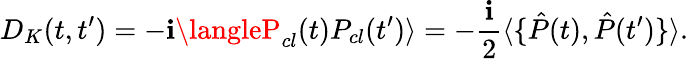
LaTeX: D_{K}(t,t^{\prime})=-\mathbf{i}\langleP_{cl}(t)P_{cl}(t^{\prime})\rangle=-\frac{{\mathbf{i}}}{{2}}\langle\{ \hat{{P}}(t),\hat{{P}}(t^{\prime})\} \rangle.